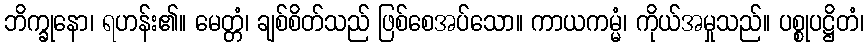
ဘိက္ခုနော၊ ရဟန်း၏။ မေတ္တံ၊ ချစ်စိတ်သည် ဖြစ်စေအပ်သော။ ကာယကမ္မံ၊ ကိုယ်အမှုသည်။ ပစ္စုပဋ္ဌိတံ၊